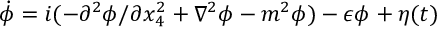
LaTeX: \dot { \phi } = i ( - \partial ^ { 2 } \phi / \partial x _ { 4 } ^ { 2 } + \nabla ^ { 2 } \phi - m ^ { 2 } \phi ) - \epsilon \phi + \eta ( t )